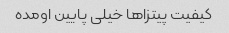
کیفیت پیتزاها خیلی پایین اومده